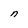
Character: n